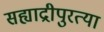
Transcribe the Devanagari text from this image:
सह्याद्रीपुरत्या